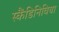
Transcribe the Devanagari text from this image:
स्कैंडिनिविया